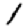
Digit: 1